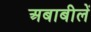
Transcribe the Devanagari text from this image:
अबाबीलें